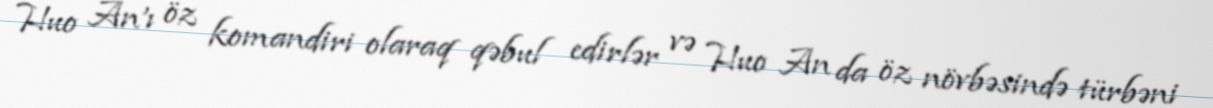
Huo An'ı öz komandiri olaraq qəbul edirlər və Huo An da öz növbəsində türbəni